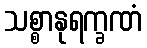
သစ္စာနုရက္ခဏံ